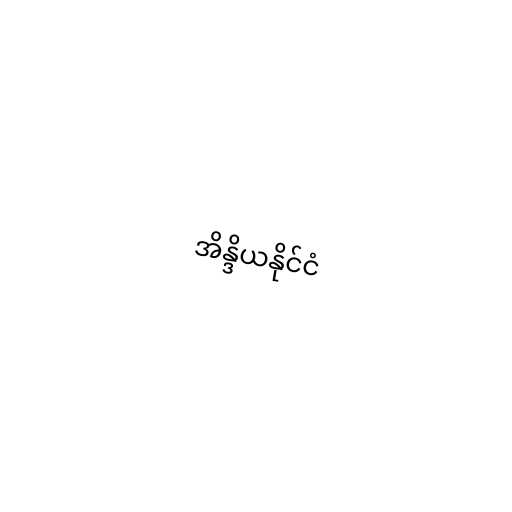
အိန္ဒိယနိုင်ငံ